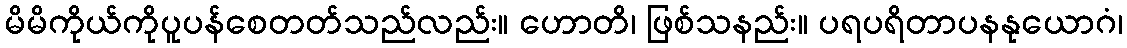
မိမိကိုယ်ကိုပူပန်စေတတ်သည်လည်း။ ဟောတိ၊ ဖြစ်သနည်း။ ပရပရိတာပနနုယောဂံ၊